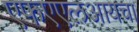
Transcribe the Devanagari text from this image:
एफएएलआयचा